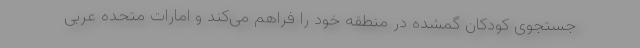
جستجوی کودکان گمشده در منطقه خود را فراهم می‌کند و امارات متحده عربی